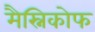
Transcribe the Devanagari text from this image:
मैस्निकोफ